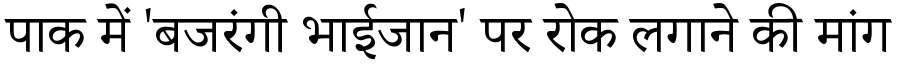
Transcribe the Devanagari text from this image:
पाक में 'बजरंगी भाईजान' पर रोक लगाने की मांग